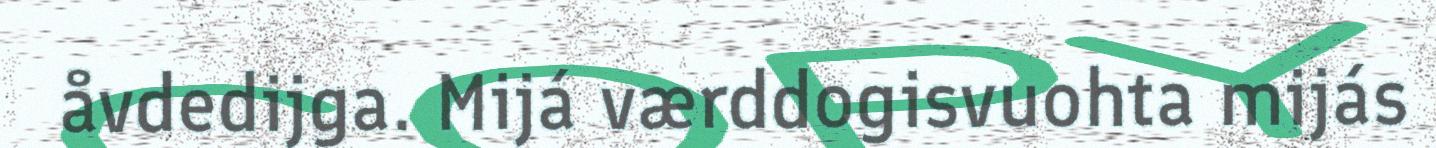
åvdedijga. Mijá værddogisvuohta mijás